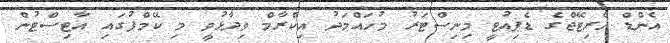
އެންޑް ހެރިޓޭޖްގެ ޑެޕިއުޓީ މިނިސްޓަރު މުހައްމަދު އިކްރާމް ވިދާޅުވީ މި ކޭމްޕުގައި އާޓިސްޓުން